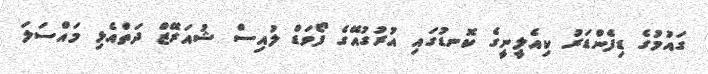
ގައުމުގެ ޑިފެންޑަރު ކިއެލީނީގެ ކޮނޑުގައި އުރުގުއޭގެ ފޯވަޑް ލުއިސް ޝުއަރޭޒް ދަތްއެޅި މައްސަލަ